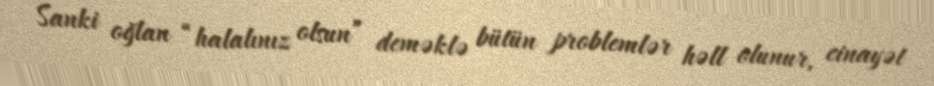
Sanki oğlan “halalınız olsun” deməklə bütün problemlər həll olunur, cinayət